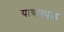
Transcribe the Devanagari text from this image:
यात्रास्थळ